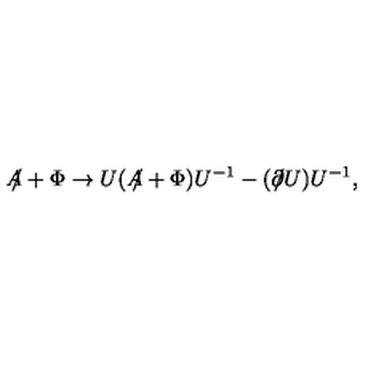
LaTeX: A \! \! \! / + \Phi \rightarrow U ( A \! \! \! / + \Phi ) U ^ { - 1 } - ( \partial \! \! \! / U ) U ^ { - 1 } ,